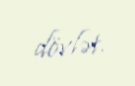
dövlət.